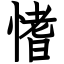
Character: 愭